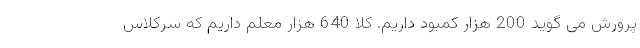
پرورش می گوید 200 هزار کمبود داریم. کلا 640 هزار معلم داریم که سرکلاس